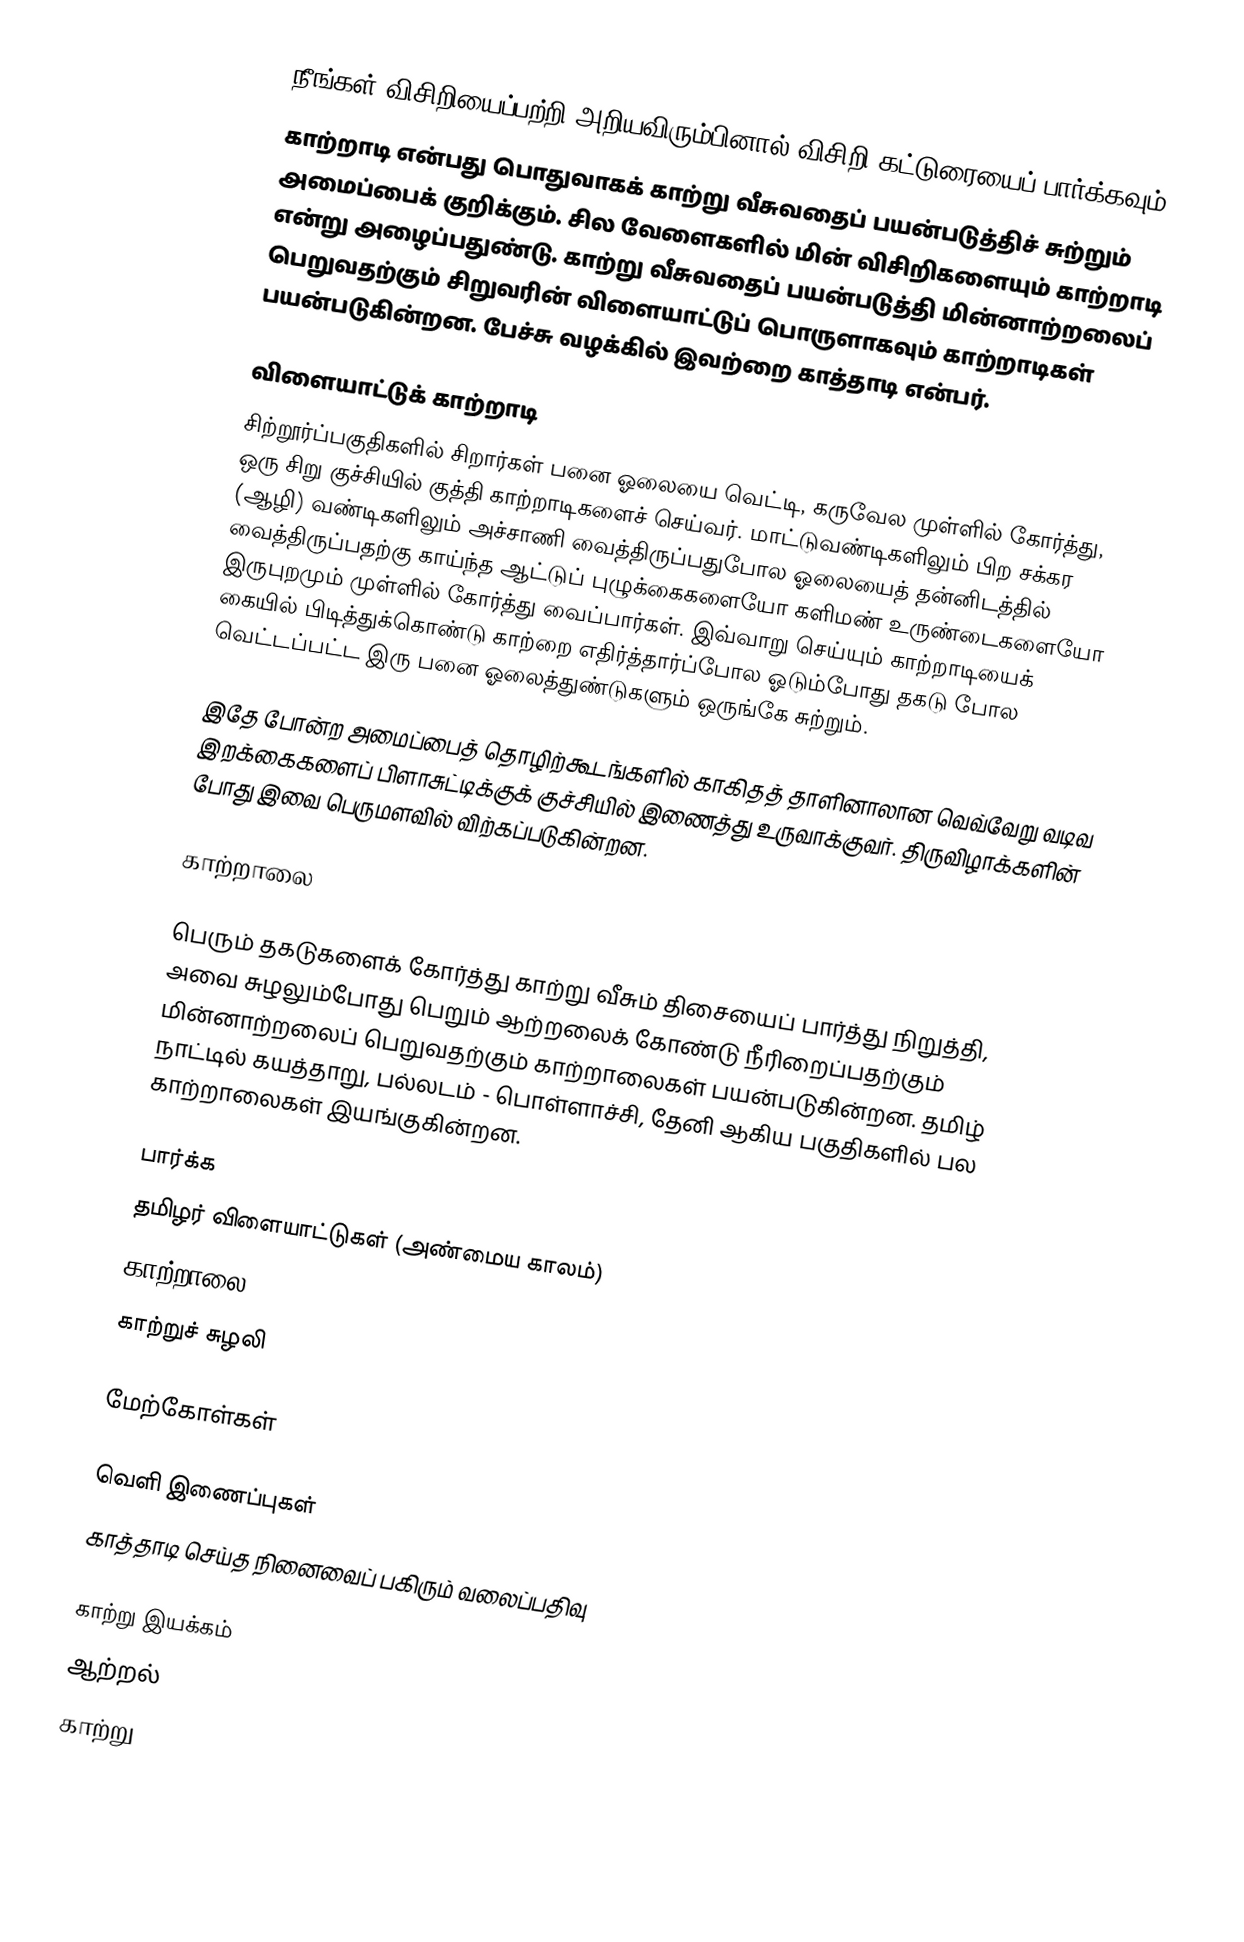
நீங்கள் விசிறியைப்பற்றி அறியவிரும்பினால் விசிறி கட்டுரையைப் பார்க்கவும்.
 காற்றாடி என்பது பொதுவாகக் காற்று வீசுவதைப் பயன்படுத்திச் சுற்றும் அமைப்பைக் குறிக்கும். சில வேளைகளில் மின் விசிறிகளையும் காற்றாடி என்று அழைப்பதுண்டு. காற்று வீசுவதைப் பயன்படுத்தி மின்னாற்றலைப் பெறுவதற்கும் சிறுவரின் விளையாட்டுப் பொருளாகவும் காற்றாடிகள் பயன்படுகின்றன. பேச்சு வழக்கில் இவற்றை காத்தாடி என்பர்.

விளையாட்டுக் காற்றாடி
சிற்றூர்ப்பகுதிகளில் சிறார்கள் பனை ஓலையை வெட்டி, கருவேல முள்ளில் கோர்த்து, ஒரு சிறு குச்சியில் குத்தி காற்றாடிகளைச் செய்வர். மாட்டுவண்டிகளிலும் பிற சக்கர (ஆழி) வண்டிகளிலும் அச்சாணி வைத்திருப்பதுபோல ஓலையைத் தன்னிடத்தில் வைத்திருப்பதற்கு காய்ந்த ஆட்டுப் புழுக்கைகளையோ களிமண் உருண்டைகளையோ இருபுறமும் முள்ளில் கோர்த்து வைப்பார்கள். இவ்வாறு செய்யும் காற்றாடியைக் கையில் பிடித்துக்கொண்டு காற்றை எதிர்த்தார்ப்போல ஓடும்போது தகடு போல வெட்டப்பட்ட இரு பனை ஓலைத்துண்டுகளும் ஒருங்கே சுற்றும்.

இதே போன்ற அமைப்பைத் தொழிற்கூடங்களில் காகிதத் தாளினாலான வெவ்வேறு வடிவ இறக்கைகளைப் பிளாசுட்டிக்குக் குச்சியில் இணைத்து உருவாக்குவர். திருவிழாக்களின் போது இவை பெருமளவில் விற்கப்படுகின்றன.

காற்றாலை

பெரும் தகடுகளைக் கோர்த்து காற்று வீசும் திசையைப் பார்த்து நிறுத்தி, அவை சுழலும்போது பெறும் ஆற்றலைக் கோண்டு நீரிறைப்பதற்கும் மின்னாற்றலைப் பெறுவதற்கும் காற்றாலைகள் பயன்படுகின்றன. தமிழ் நாட்டில் கயத்தாறு, பல்லடம் - பொள்ளாச்சி, தேனி ஆகிய பகுதிகளில் பல காற்றாலைகள் இயங்குகின்றன.

பார்க்க
 தமிழர் விளையாட்டுகள் (அண்மைய காலம்)
 காற்றாலை
 காற்றுச் சுழலி

மேற்கோள்கள்

வெளி இணைப்புகள்
 காத்தாடி செய்த நினைவைப் பகிரும் வலைப்பதிவு

காற்று இயக்கம்
ஆற்றல்
காற்று